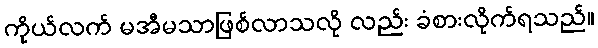
ကိုယ်လက် မအီမသာဖြစ်လာသလို လည်း ခံစားလိုက်ရသည်။